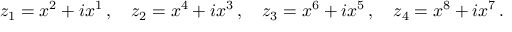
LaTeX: z _ { 1 } = x ^ { 2 } + i x ^ { 1 } \, , \quad z _ { 2 } = x ^ { 4 } + i x ^ { 3 } \, , \quad z _ { 3 } = x ^ { 6 } + i x ^ { 5 } \, , \quad z _ { 4 } = x ^ { 8 } + i x ^ { 7 } \, .